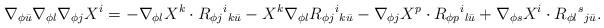
LaTeX: \begin{align*} \nabla_{\phi \bar{u}} \nabla_{\phi l} \nabla_{\phi j}X^i=-\nabla_{\phi l}X^k \cdot R_{\phi j}{}^i{}_{k \bar{u}}-X^k \nabla_{\phi l} R_{\phi j}{}^i{}_{k \bar{u}}-\nabla_{\phi j}X^p \cdot R_{\phi p} {}^i{}_{l \bar{u}}+\nabla_{\phi s}X^i \cdot R_{\phi l}{}^s{}_{j \bar{u}}.\end{align*}